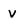
Character: v